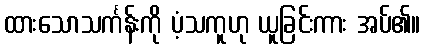
ထားသောသင်္ကန်းကို ပံ့သကူဟု ယူခြင်းကား အပ်၏။